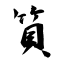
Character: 筫